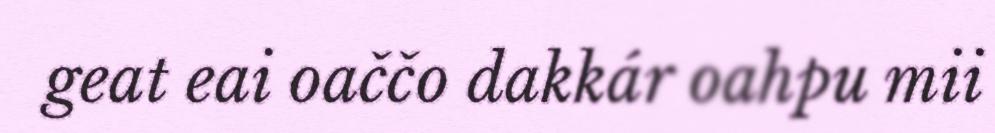
geat eai oaččo dakkár oahpu mii